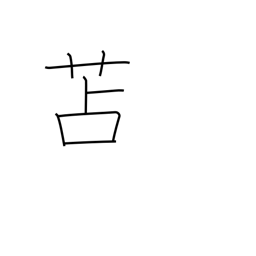
Meaning: rush matting